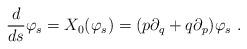
LaTeX: \begin{align*}\frac{d}{ds}\varphi_s=X_0(\varphi_s)=(p\partial_q+q\partial_p)\varphi_s{~.}\end{align*}